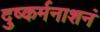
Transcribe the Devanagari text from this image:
दुष्कर्मनाशनं